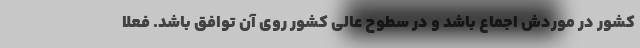
کشور در موردش اجماع باشد و در سطوح عالی کشور روی آن توافق باشد. فعلا